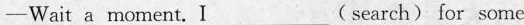
— Wait a moment. I___(search) for some